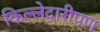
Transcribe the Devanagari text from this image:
किल्लेदारीपण